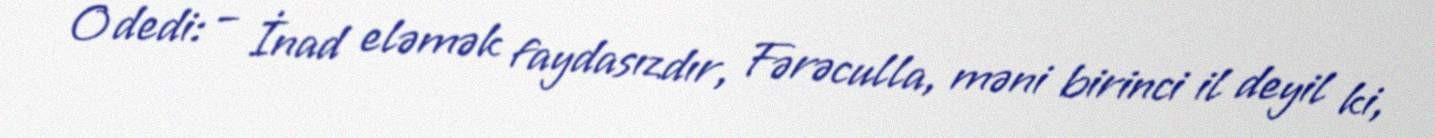
O dedi: – İnad eləmək faydasızdır, Fərəculla, məni birinci il deyil ki,